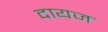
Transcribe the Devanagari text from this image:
दायज